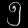
Digit: ၅